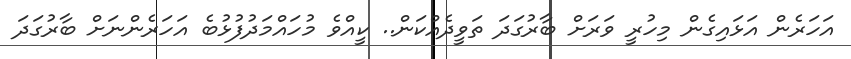
އަހަރެން އަޅައިގެން މިހުރީ ވަރަށް ބާރުގަދަ ތަވީދެއްކަން.. ކީއްވެ މުހައްމަދުފުޅުބެ އަހަރެންނަށް ބާރުގަދަ